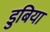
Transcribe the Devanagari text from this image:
डुबिया